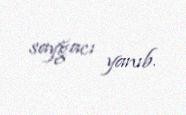
sayğacı yanıb.